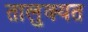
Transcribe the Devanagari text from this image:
तालुक्यत